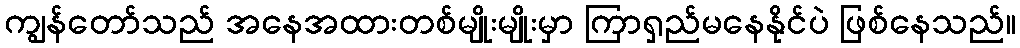
ကျွန်တော်သည် အနေအထားတစ်မျိုးမျိုးမှာ ကြာရှည်မနေနိုင်ပဲ ဖြစ်နေသည်။